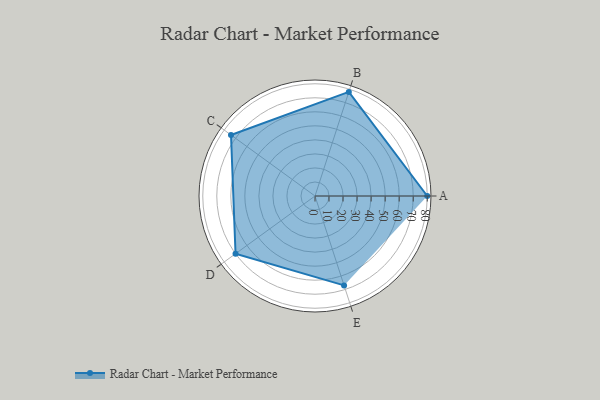
{"axis": {"x": "Skill", "y": "Score"}, "legend": ["Profile"], "data": [{"x": "A", "y": 80.0, "type": "Profile"}, {"x": "B", "y": 78.0, "type": "Profile"}, {"x": "C", "y": 74.0, "type": "Profile"}, {"x": "D", "y": 70.0, "type": "Profile"}, {"x": "E", "y": 67.0, "type": "Profile"}]}